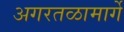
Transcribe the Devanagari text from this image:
अगरतळामार्गे